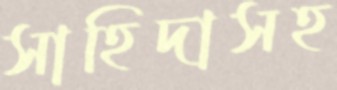
সাহিদাসহ